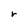
Character: r